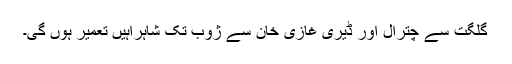
گلگت سے چترال اور ڈیری غازی خان سے ژوب تک شاہراہیں تعمیر ہوں گی۔